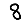
Digit: 8